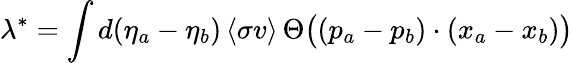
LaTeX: \lambda^{*}=\int d(\eta_{a}-\eta_{b})\, \langle\sigma v\rangle\, \Theta\bigl((p_{a}-p_{b})\cdot(x_{a}-x_{b})\bigr)